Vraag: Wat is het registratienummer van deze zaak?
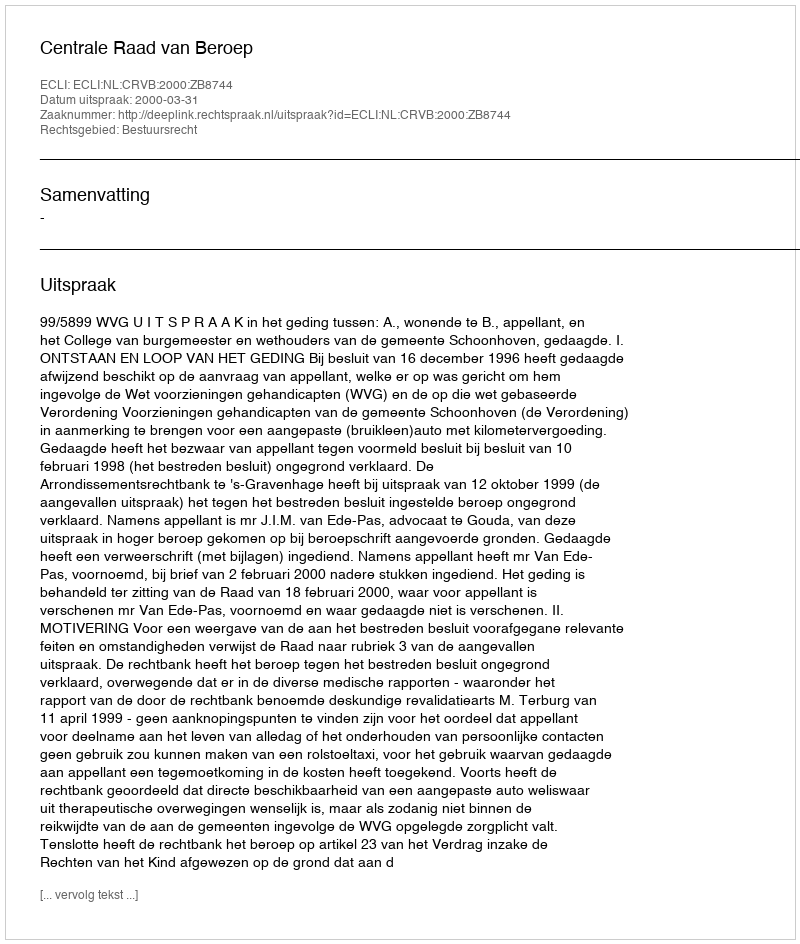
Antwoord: http://deeplink.rechtspraak.nl/uitspraak?id=ECLI:NL:CRVB:2000:ZB8744